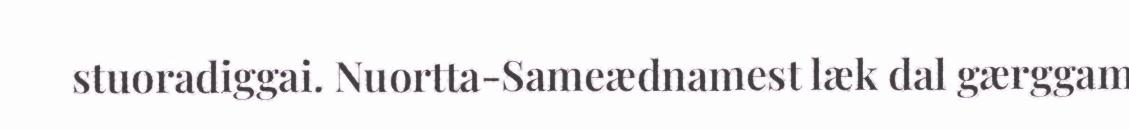
stuoradiggai. Nuortta-Sameædnamest læk dal gærggam